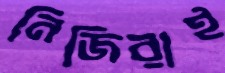
নিজিরাই